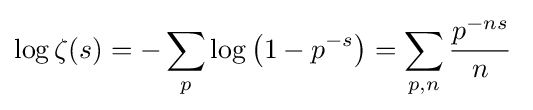
\log \zeta (s)=-\sum _{p}\log \left(1-p^{-s}\right)=\sum _{p,n}{\frac {p^{-ns}}{n}}\;